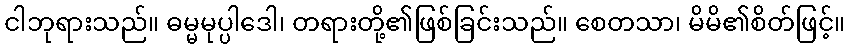
ငါဘုရားသည်။ ဓမ္မမုပ္ပါဒေါ၊ တရားတို့၏ဖြစ်ခြင်းသည်။ စေတသာ၊ မိမိ၏စိတ်ဖြင့်။